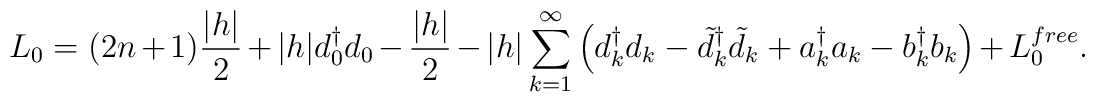
L_0= (2n+1){|h|\over 2} + |h|d_0^\dagger d_0 -{|h|\over 2} -|h|\sum_{k=1}^\infty\left( d^\dagger_k d_k- \tilde{d}^\dagger_k \tilde{d}_k+a^\dagger_k a_k -b^\dagger_k b_k \right) + L_0^{free}.